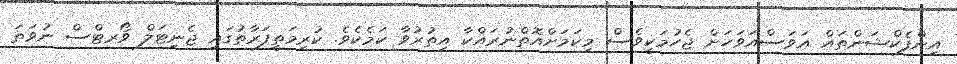
އިންފެކްޝަންތައް އަވަސްއަވަހަށް ޖެހުމަކީވެސް މިކަމަށްއޮތްނުރައްކާ އިތުރުވާ ކަމެކެވެ. ކުރިމަތީފަރާތުގައި ޖެނިޓަލް ވޯރޓްސް ނުވަތަ